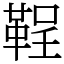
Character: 鞓